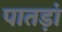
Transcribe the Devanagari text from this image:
पातड़ां